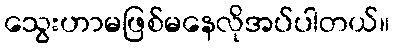
သွေးဟာမဖြစ်မနေလိုအပ်ပါတယ်။